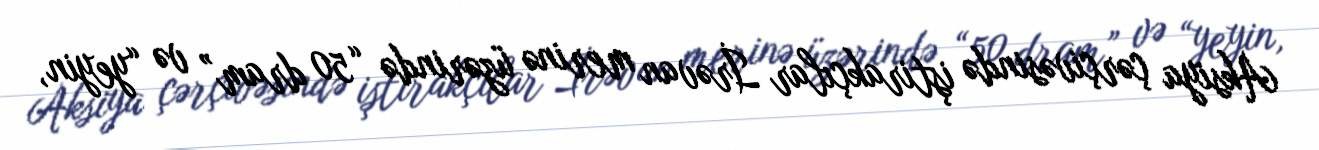
Aksiya çərçivəsində iştirakçılar İrəvan merinə üzərində “50 dram” və “yeyin,